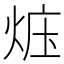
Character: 𪸱